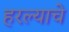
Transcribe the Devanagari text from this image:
हरल्याचे